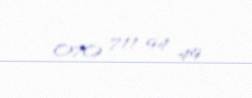
070 711 94 49